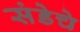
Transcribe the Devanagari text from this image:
संडेचे